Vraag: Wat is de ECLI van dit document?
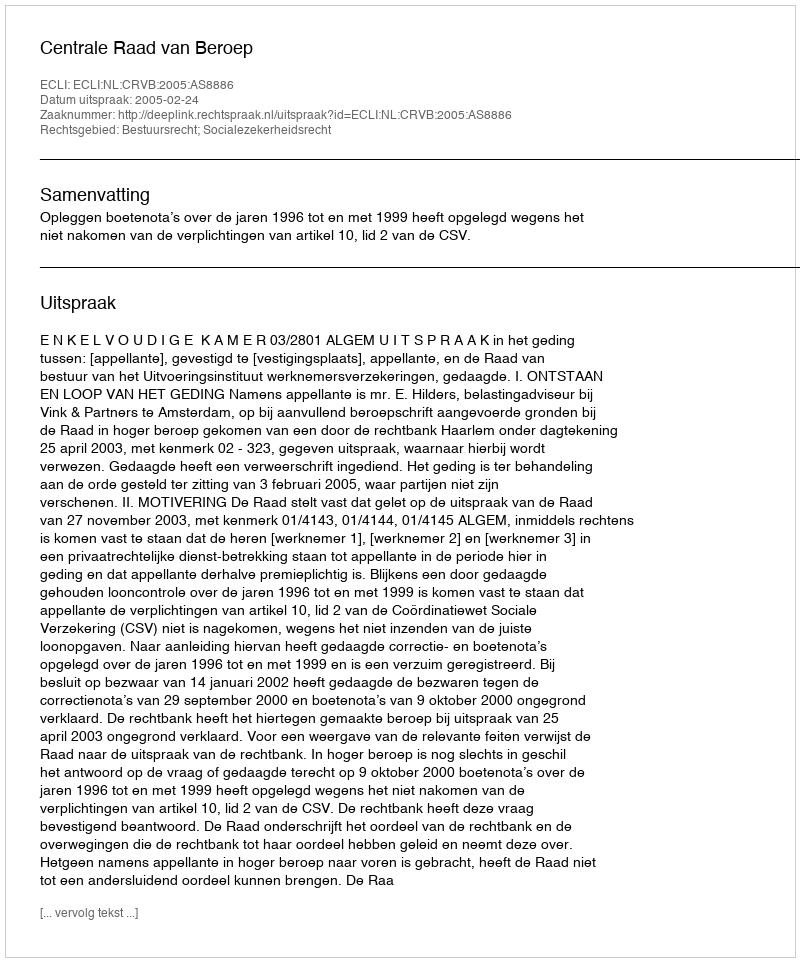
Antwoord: ECLI:NL:CRVB:2005:AS8886